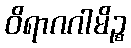
ဝိရာဂဂါမိဉ္စ